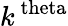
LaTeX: k^{\mathrm{\ theta}}